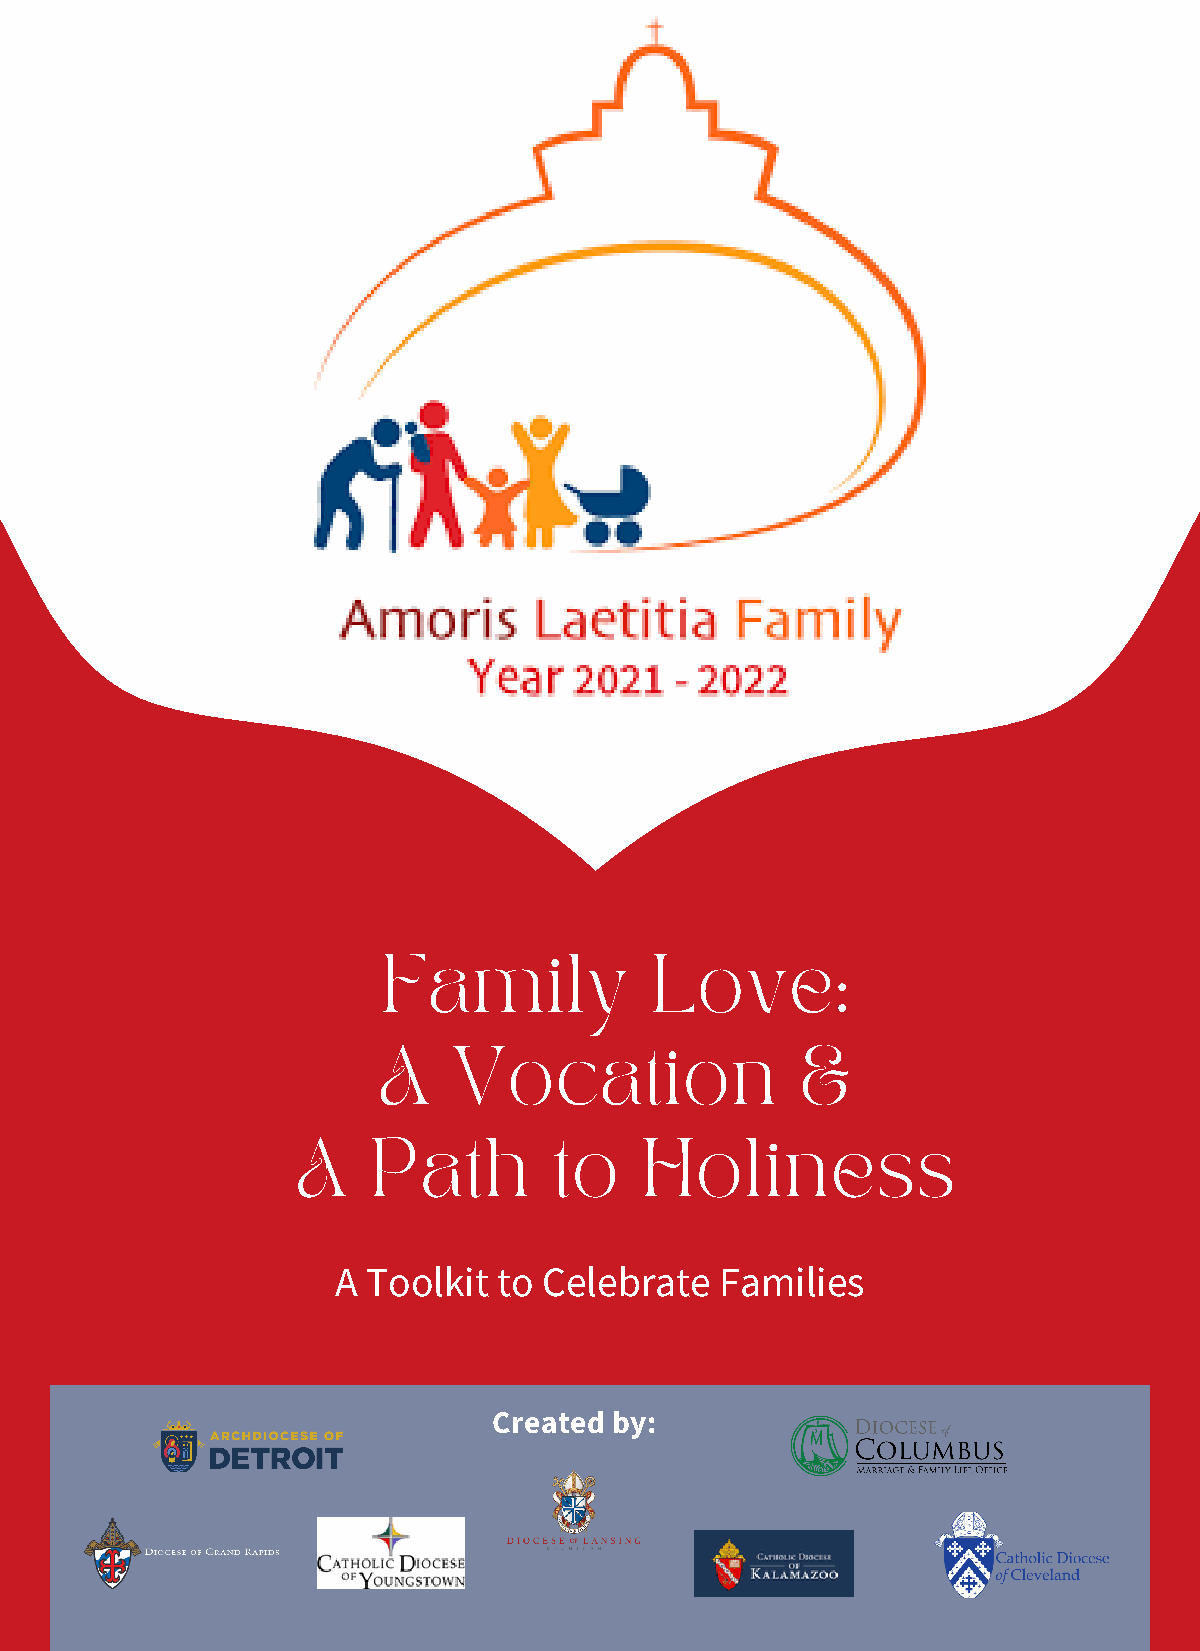
Family            Love:
 A    Vocation               &
 A   Path         to   Holiness
 A Toolkit  to Celebrate   Families
 Created by: